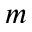
m